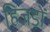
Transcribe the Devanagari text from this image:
हिजडों